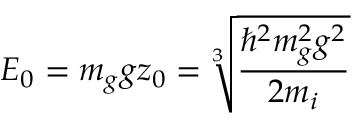
E _ { 0 } = m _ { g } g z _ { 0 } = \sqrt [ 3 ] { \frac { \hbar ^ { 2 } m _ { g } ^ { 2 } g ^ { 2 } } { 2 m _ { i } } }